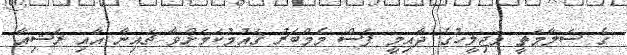
ގެ ސަލާމަތީ މަޖިލީހުގެ ދާއިމީ ފަސް މެމްބަރު ޤައުމުކަމަށްވާ ޗައިނާ އާއި ރަޝިއާ